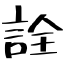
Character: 詮